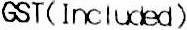
GST(INCLUDED)